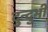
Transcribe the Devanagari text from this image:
दुन्‍दुभी